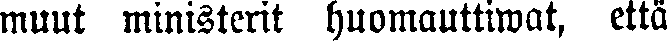
muut ministerit huomauttiwat, että